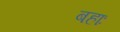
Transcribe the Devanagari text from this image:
बहाः